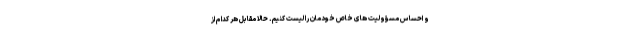
و احساس مسؤولیت های خاص خودمان را لیست کنیم. حالا مقابل هر کدام از